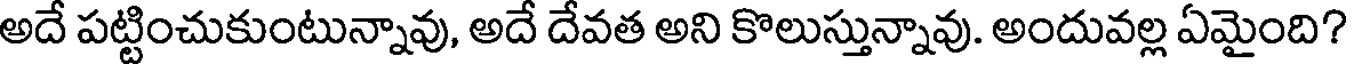
అదే పట్టించుకుంటున్నావు, అదే దేవత అని కొలుస్తున్నావు. అందువల్ల ఏమైంది?